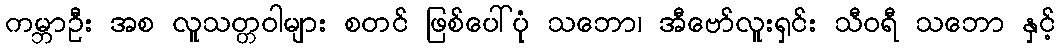
ကမ္ဘာဦး အစ လူသတ္တဝါများ စတင် ဖြစ်ပေါ်ပုံ သဘော၊ အီဗော်လူးရှင်း သီဝရီ သဘော နှင့်